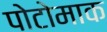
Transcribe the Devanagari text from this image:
पोटोमाक